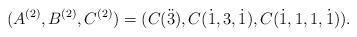
LaTeX: \begin{align*} (A^{(2)},B^{(2)},C^{(2)})=(C(\ddot3),C(\dot1,3,\dot1),C(\dot1,1,1,\dot1)). \end{align*}